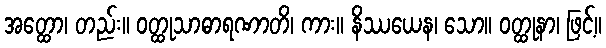
အတ္ထော၊ တည်း။ ဝတ္ထုသာဓာရဏာတိ၊ ကား။ နိဿယေန၊ သော။ ဝတ္ထုနာ၊ ဖြင့်။